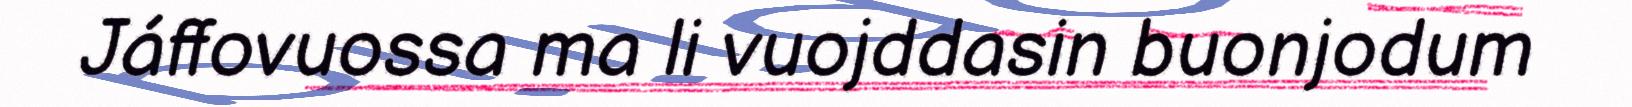
Jáffovuossa ma li vuojddasin buonjodum